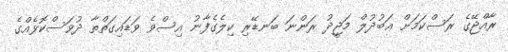
ރާއްޖޭގެ ރަސްކަމަށް ޢަބުދުލް މަޖީދު ރަންނަ ބަނޑޭރި ކިލެގެފާނު އިސްވެ ވަޑައިގަތްތާ ދުވަސްކޮޅެއްގެ